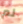
لم